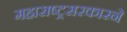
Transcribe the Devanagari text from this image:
महाराष्ट्रसरकारने